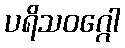
ပရိသဝဂ္ဂေါ